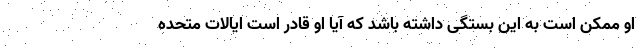
او ممکن است به این بستگی داشته باشد که آیا او قادر است ایالات متحده